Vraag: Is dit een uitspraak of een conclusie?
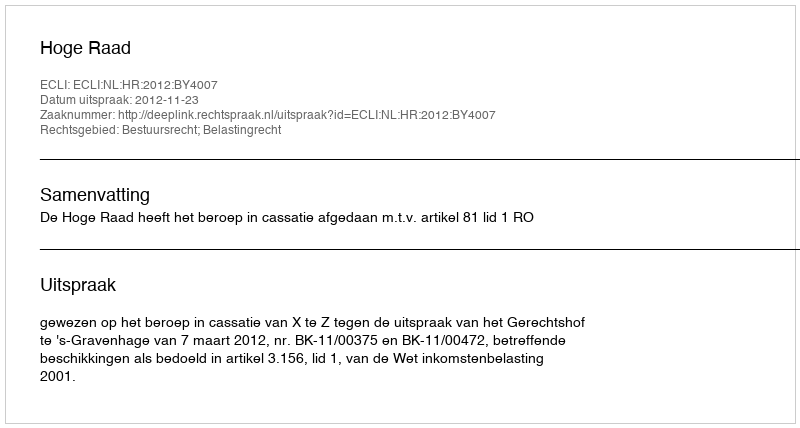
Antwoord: Uitspraak